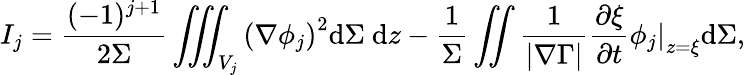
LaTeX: I_{j}=\frac{(-1)^{j+1}}{2\Sigma}\iiint_{V_{j}}\left(\nabla\phi_{j}\right)^{2}\mathrm{d}\Sigma~\mathrm{d}z-\frac{1}{\Sigma}\iint\frac{1}{|\nabla\Gamma|}\frac{\partial\xi}{\partial t}\left.\phi_{j}\right|_{z=\xi}\mathrm{d}\Sigma,